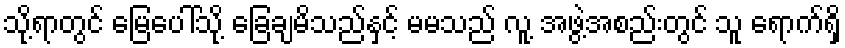
သို့ရာတွင် မြေပေါ်သို့ ခြေချမိသည်နှင့် မမသည် လူ့ အဖွဲ့အစည်းတွင် သူ ရောက်ရှိ